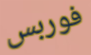
فوربس